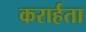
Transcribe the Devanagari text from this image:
करार्हता